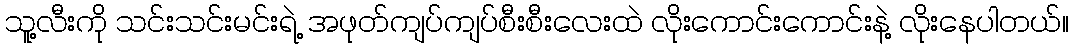
သူ့လီးကို သင်းသင်းမင်းရဲ့ အဖုတ်ကျပ်ကျပ်စီးစီးလေးထဲ လိုးကောင်းကောင်းနဲ့ လိုးနေပါတယ်။